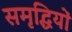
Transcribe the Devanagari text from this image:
समृद्धियों